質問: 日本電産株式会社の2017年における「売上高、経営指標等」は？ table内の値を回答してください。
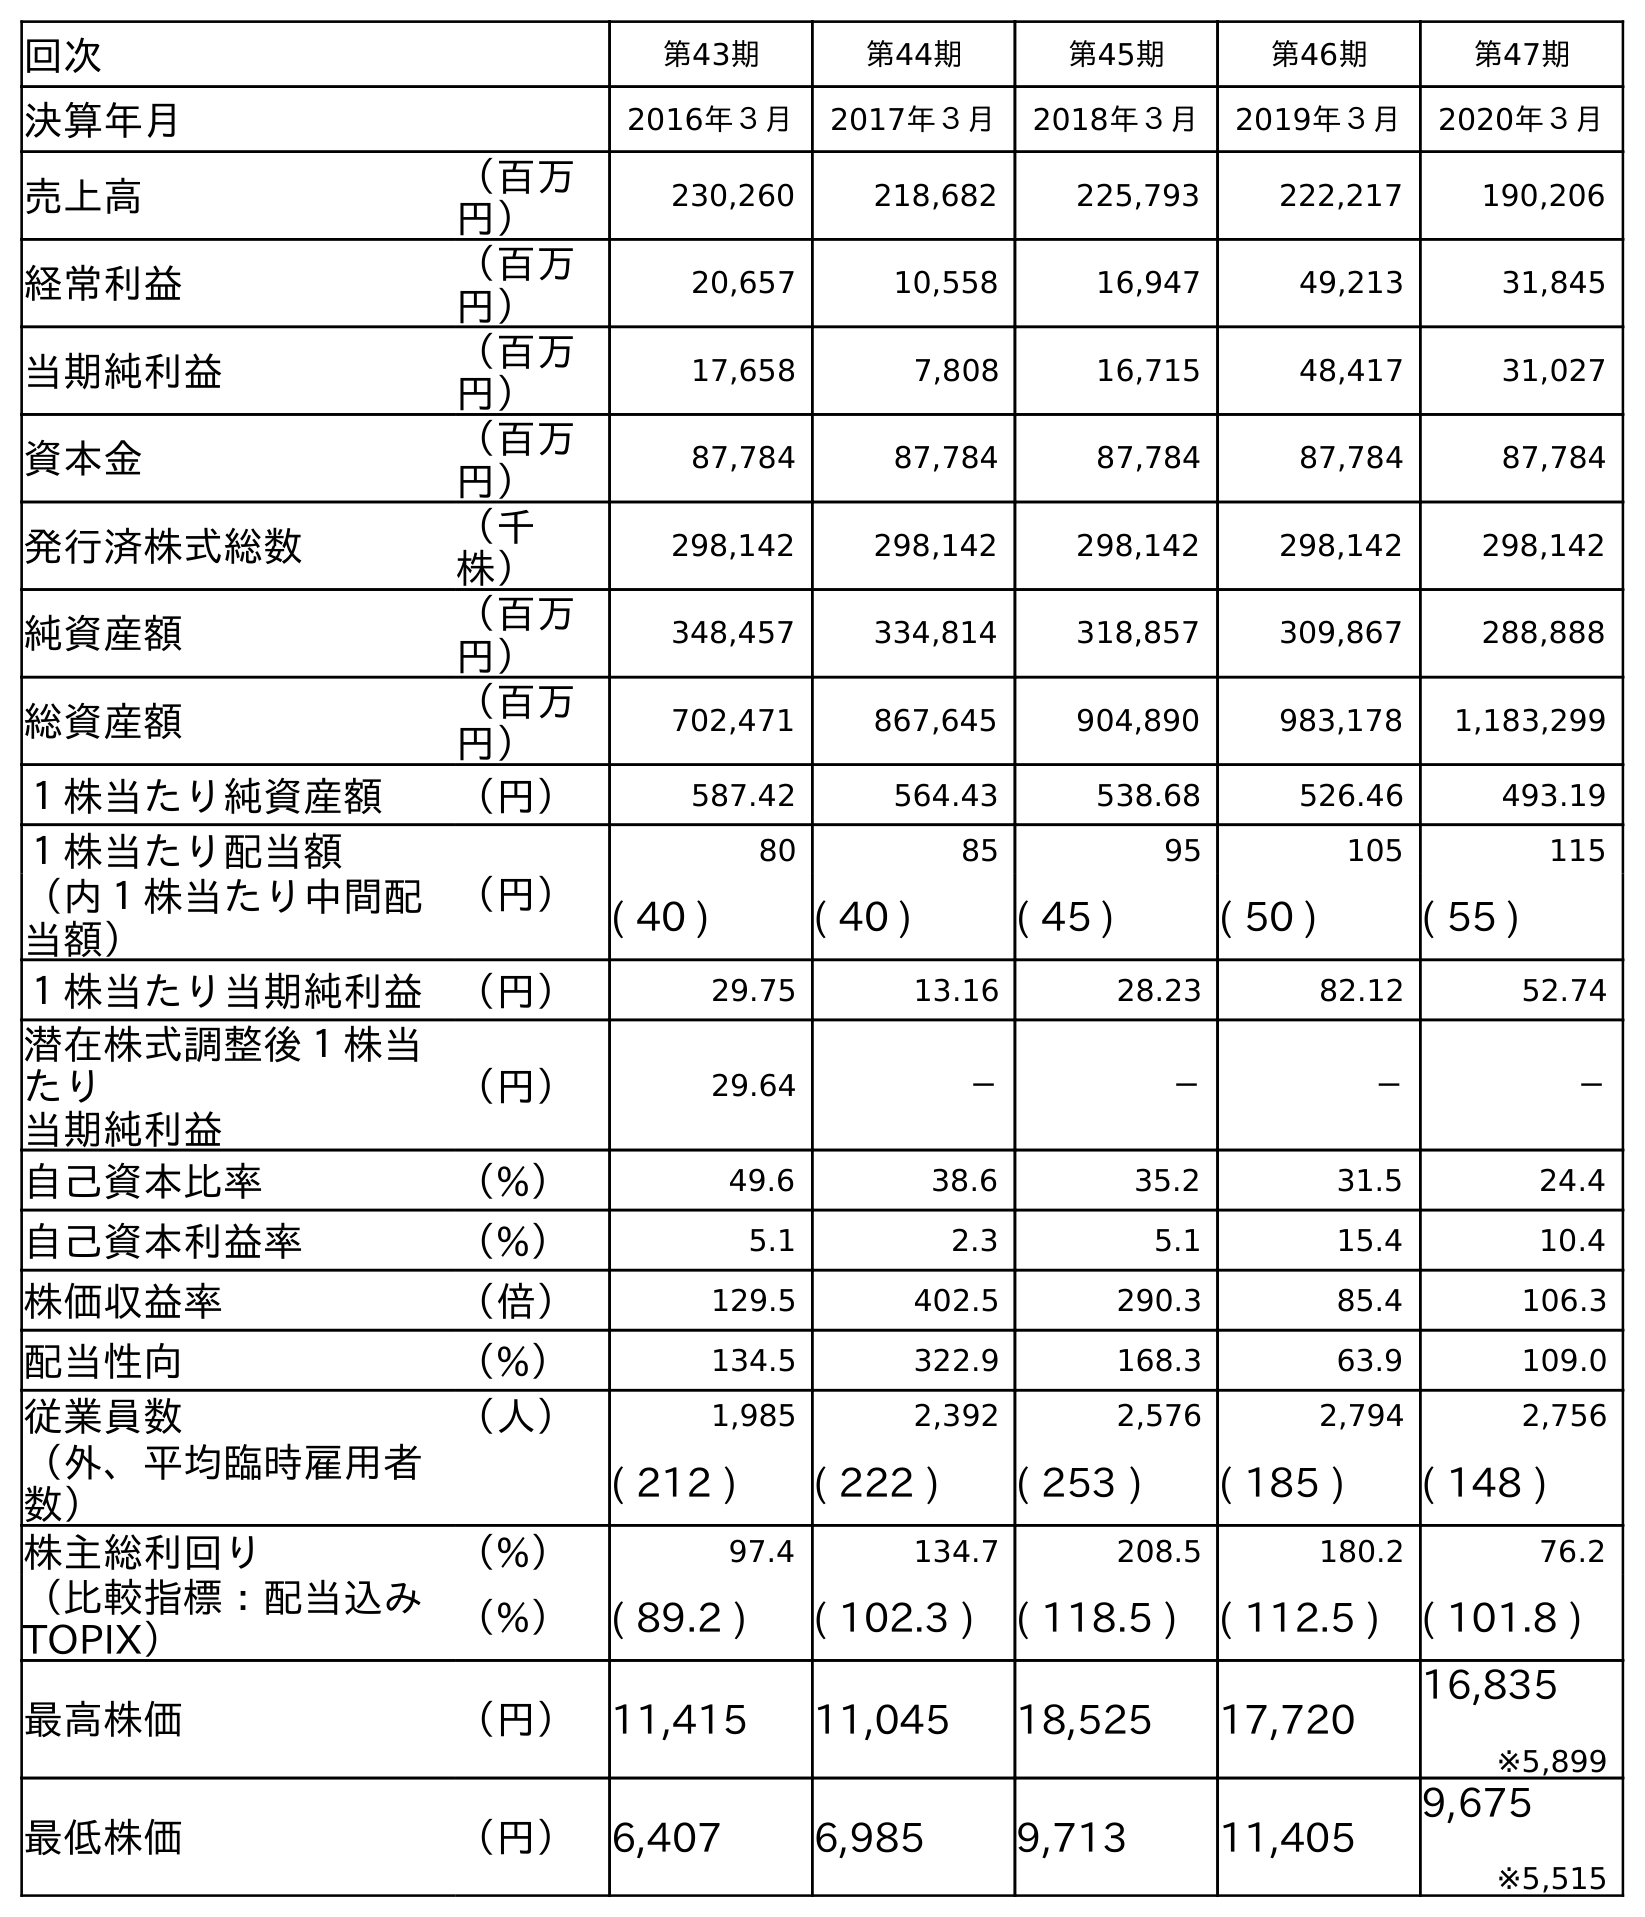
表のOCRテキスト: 回次 第43期 第44期 第45期 第46期 第47期 決算年月 2016年３月 2017年３月 2018年３月 2019年３月 2020年３月 売上高 （百万 円） 230,260 218,682 225,793 222,217 190,206 経常利益 （百万 円） 20,657 10,558 16,947 49,213 31,845 当期純利益 （百万 円） 17,658 7,808 16,715 48,417 31,027 資本金 （百万 円） 87,784 87,784 87,784 87,784 87,784 発行済株式総数 （千 株） 298,142 298,142 298,142 298,142 298,142 純資産額 （百万 円） 348,457 334,814 318,857 309,867 288,888 総資産額 （百万 円） 702,471 867,645 904,890 983,178 1,183,299 １株当たり純資産額 （円） 587.42 564.43 538.68 526.46 493.19 １株当たり配当額 （円） 80 85 95 105 115 （内１株当たり中間配 当額） ( 40 ) ( 40 ) ( 45 ) ( 50 ) ( 55 ) １株当たり当期純利益 （円） 29.75 13.16 28.23 82.12 52.74 潜在株式調整後１株当 たり 当期純利益 （円） 29.64 － － － － 自己資本比率 （%） 49.6 38.6 35.2 31.5 24.4 自己資本利益率 （%） 5.1 2.3 5.1 15.4 10.4 株価収益率 （倍） 129.5 402.5 290.3 85.4 106.3 配当性向 （%） 134.5 322.9 168.3 63.9 109.0 従業員数 （人） 1,985 2,392 2,576 2,794 2,756 （外、平均臨時雇用者 数） ( 212 ) ( 222 ) ( 253 ) ( 185 ) ( 148 ) 株主総利回り （%） 97.4 134.7 208.5 180.2 76.2 （比較指標：配当込み TOPIX） （%） ( 89.2 ) ( 102.3 ) ( 118.5 ) ( 112.5 ) ( 101.8 ) 最高株価 （円） 11,415 11,045 18,525 17,720 16,835 ※5,899 最低株価 （円） 6,407 6,985 9,713 11,405 9,675 ※5,515
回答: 218,682